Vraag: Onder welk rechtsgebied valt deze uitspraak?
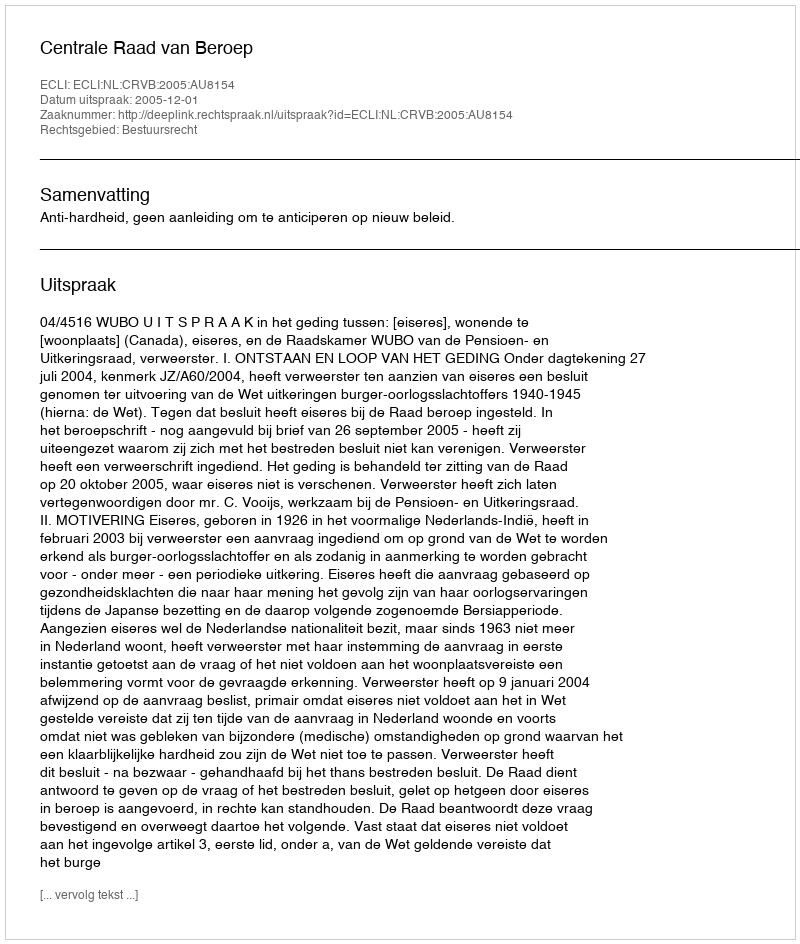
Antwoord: Bestuursrecht